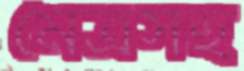
মৈত্রসহ